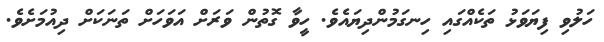
ހަލުވި ފިޔަވަޅު ތަކެއްގައި ހިނގަމުންދިޔައެވެ. ހީވާ ގޮތުން ވަރަށް އަވަހަށް ތަނަކަށް ދިއުމަށެވެ.